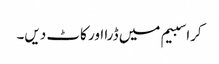
کراسبیم میں ڈرا اور کاٹ دیں۔